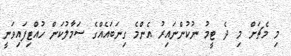
މި މެޗަށް މި ދެ ޓީމު ނުކުންނައިރު އެންމެ ގިނަބައެއްގެ ސަމާލުކަން ހުއްޓިފައިވަނީ